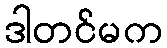
ဒါတင်မက